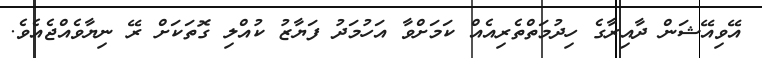
އޭވިއޭޝަން ދާއިރާގެ ހިދުމަތްތެރިއެއް ކަމަށްވާ އަހުމަދު ފަޔާޒު ކުއްލި ގޮތަކަށް ރޭ ނިޔާވެއްޖެއެވެ.